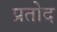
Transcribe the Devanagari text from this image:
प्रतोद